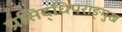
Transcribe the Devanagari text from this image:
प्रसिद्धिपराङ्मुख